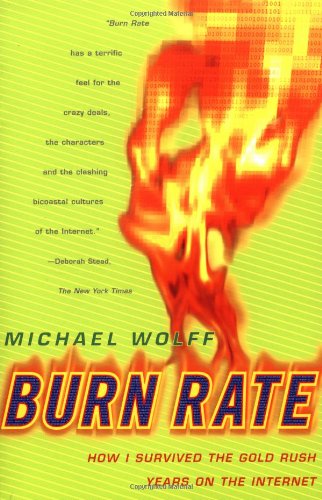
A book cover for Burn Rate: How I Survived the Gold Rush Years on the Internet; Michael Wolff; Computers & Technology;